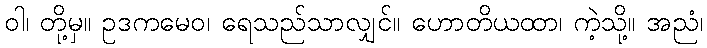
ဝါ၊ တို့မှ။ ဥဒကမေဝ၊ ရေသည်သာလျှင်။ ဟောတိယထာ၊ ကဲ့သို့။ အညံ၊